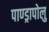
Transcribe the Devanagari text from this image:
पाण्ड्रापोलु